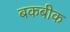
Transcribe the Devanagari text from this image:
बकबीक